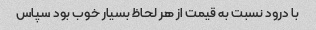
با درود نسبت به قیمت از هر لحاظ بسیار خوب بود سپاس